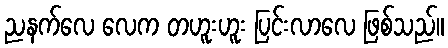
ညနက်လေ လေက တဟူးဟူး ပြင်းလာလေ ဖြစ်သည်။